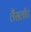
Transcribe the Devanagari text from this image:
लैंसलॉट